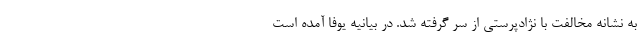
به نشانه مخالفت با نژادپرستی از سر گرفته شد. در بیانیه یوفا آمده است